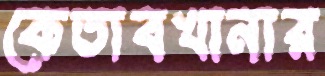
কেতাবখানার